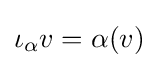
\iota _{\alpha }v=\alpha (v)